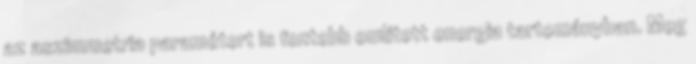
az aszimmetria paramétert is fentebb említett energia tartományban. Meg